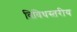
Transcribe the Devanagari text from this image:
विविधस्तरीय